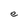
Character: e